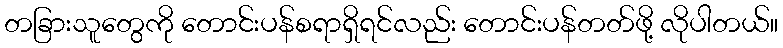
တခြားသူတွေကို တောင်းပန်စရာရှိရင်လည်း တောင်းပန်တတ်ဖို့ လိုပါတယ်။